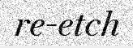
re-etch